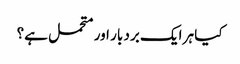
کیا ہر ایک برد بار اور متحمل ہے؟